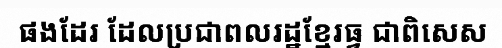
ផងដែរ ដែលប្រជាពលរដ្ឋខ្មែរធ្វ ជាពិសេស